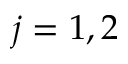
j = 1 , 2